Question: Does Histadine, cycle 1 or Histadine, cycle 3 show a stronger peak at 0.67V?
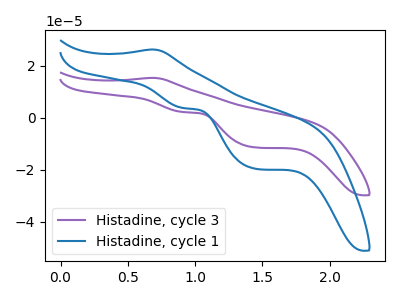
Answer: <think>The purple curve "Histadine, cycle 3" has an anodic peak at (0.65V, 15.30uA) and cathodic peaks at (0.90V, 2.15uA) (1.45V, -11.45uA). The blue curve "Histadine, cycle 1" has an anodic peak at (0.65V, 26.20uA) and cathodic peaks at (0.90V, 3.70uA) (1.45V, -19.65uA).</think>
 <answer>The peak at 0.67V is higher in "Histadine, cycle 1" than in "Histadine, cycle 3".</answer>
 <eval>higher</eval>